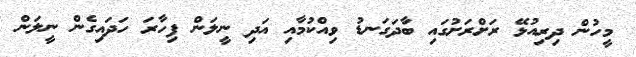
މީހުން ދިރިއުޅޭ ރަށްރަށުގައި ބާދަގަނޑު ވިއްކުމާއި އަދި ނީލަން ފިހާރަ ހަދައިގެން ނީލަން